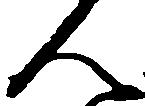
ん